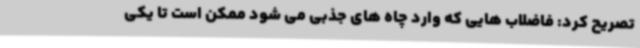
تصریح کرد: فاضلاب هایی که وارد چاه های جذبی می شود ممکن است تا یکی